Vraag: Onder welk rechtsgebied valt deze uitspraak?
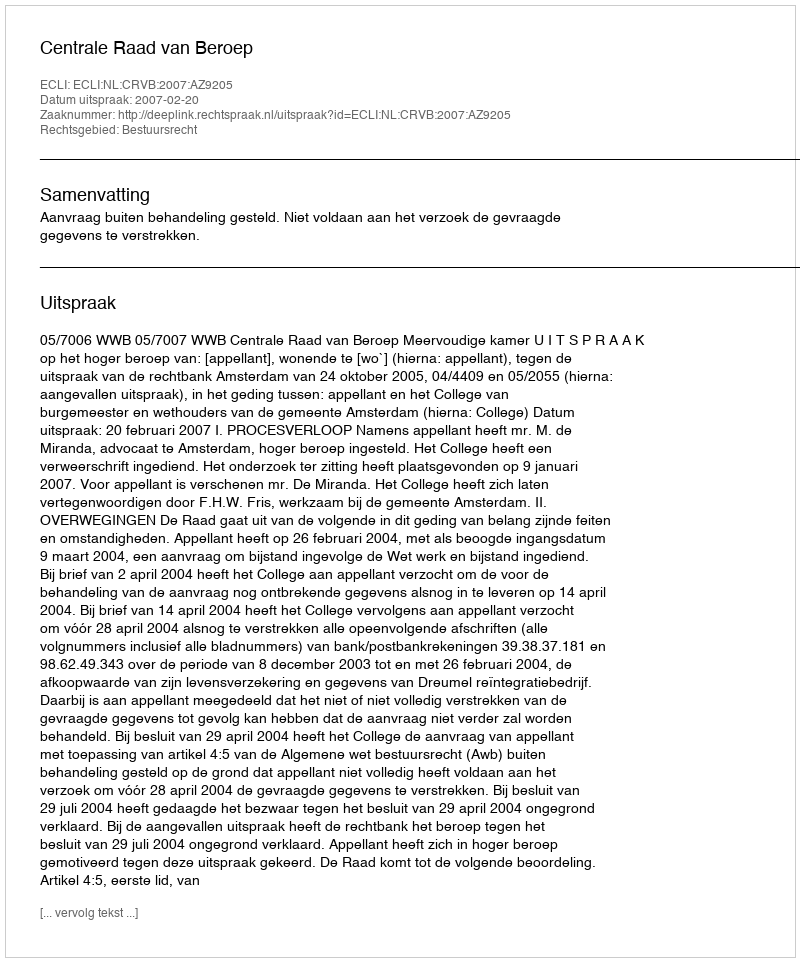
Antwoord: Bestuursrecht